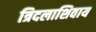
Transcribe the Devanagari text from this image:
त्रिदलाशिवाय